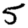
Digit: 5